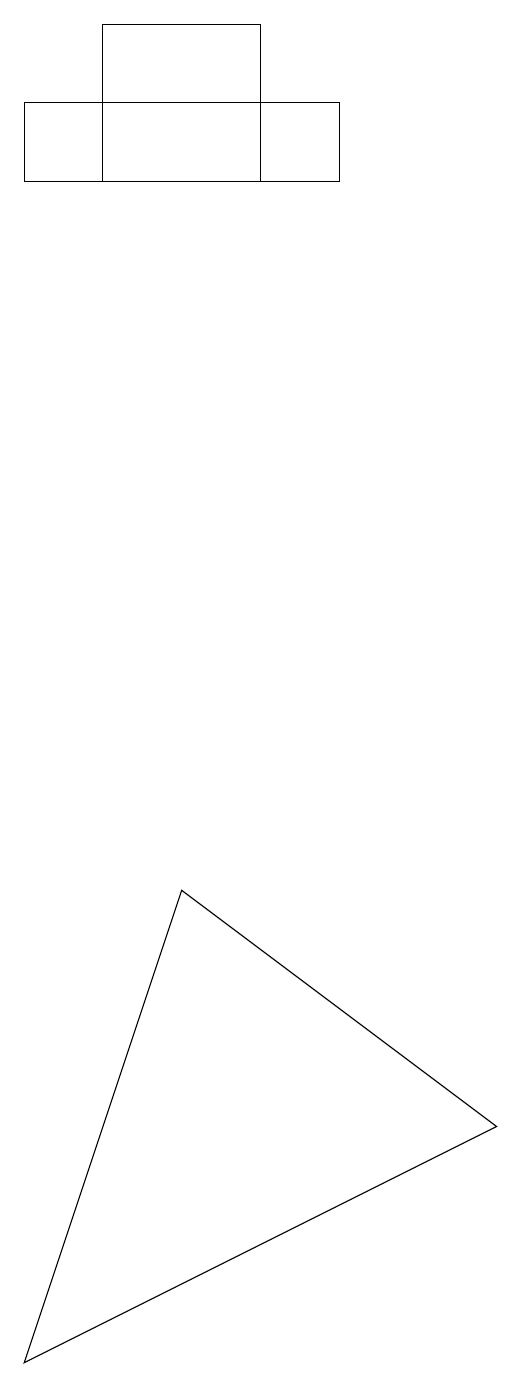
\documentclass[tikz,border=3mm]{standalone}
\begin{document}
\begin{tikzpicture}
\draw (7,16) rectangle (3,15);
\draw (9,3) -- (5,6) -- (3,0) -- cycle;
\draw (7,16) rectangle (3,15);
\draw (6,17) rectangle (4,15);
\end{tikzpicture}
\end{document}